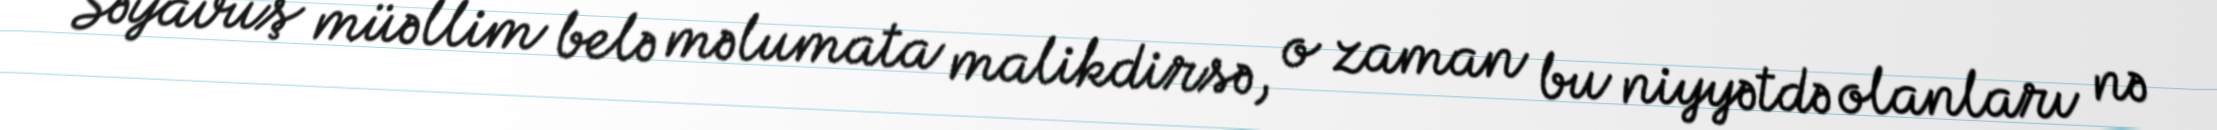
Səyavuş müəllim belə məlumata malikdirsə, o zaman bu niyyətdə olanları nə